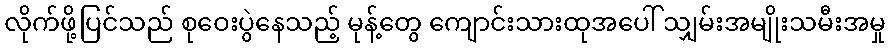
လိုက်ဖို့ပြင်သည် စုဝေးပွဲနေသည့် မုန့်တွေ ကျောင်းသားထုအပေါ် သျှမ်းအမျိုးသမီးအမှု